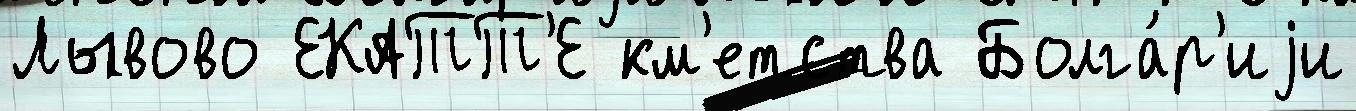
Лывово ЕКАТТ'Е км'етства Болга́р'иjи